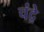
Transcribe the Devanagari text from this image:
चंद्रे